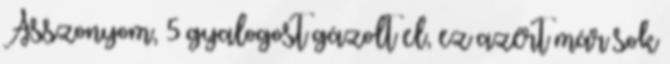
Asszonyom, 5 gyalogost gázolt el, ez azért már sok